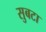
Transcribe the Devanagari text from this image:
सुबटा